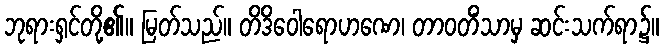
ဘုရားရှင်တို့၏။ မြတ်သည်။ တိဒိဝေါရောဟဏေ၊ တာဝတိံသာမှ ဆင်းသက်ရာ၌။